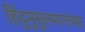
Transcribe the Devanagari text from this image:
हिंदुमुसुलमानांच्या